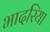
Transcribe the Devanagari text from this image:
भादरिया